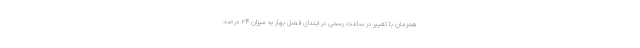
همزمان با تغییر در ساعت رسمی در ابتدای فصل بهار به میزان ۲۴ درصد